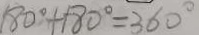
1 8 0 ^ { \circ } + 1 8 0 ^ { \circ } = 3 6 0 ^ { \circ }